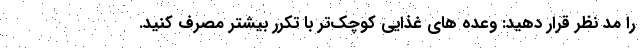
را مد نظر قرار دهید: وعده های غذایی کوچک‌تر با تکرر بیشتر مصرف کنید.